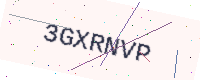
Text: 3GXRNVP